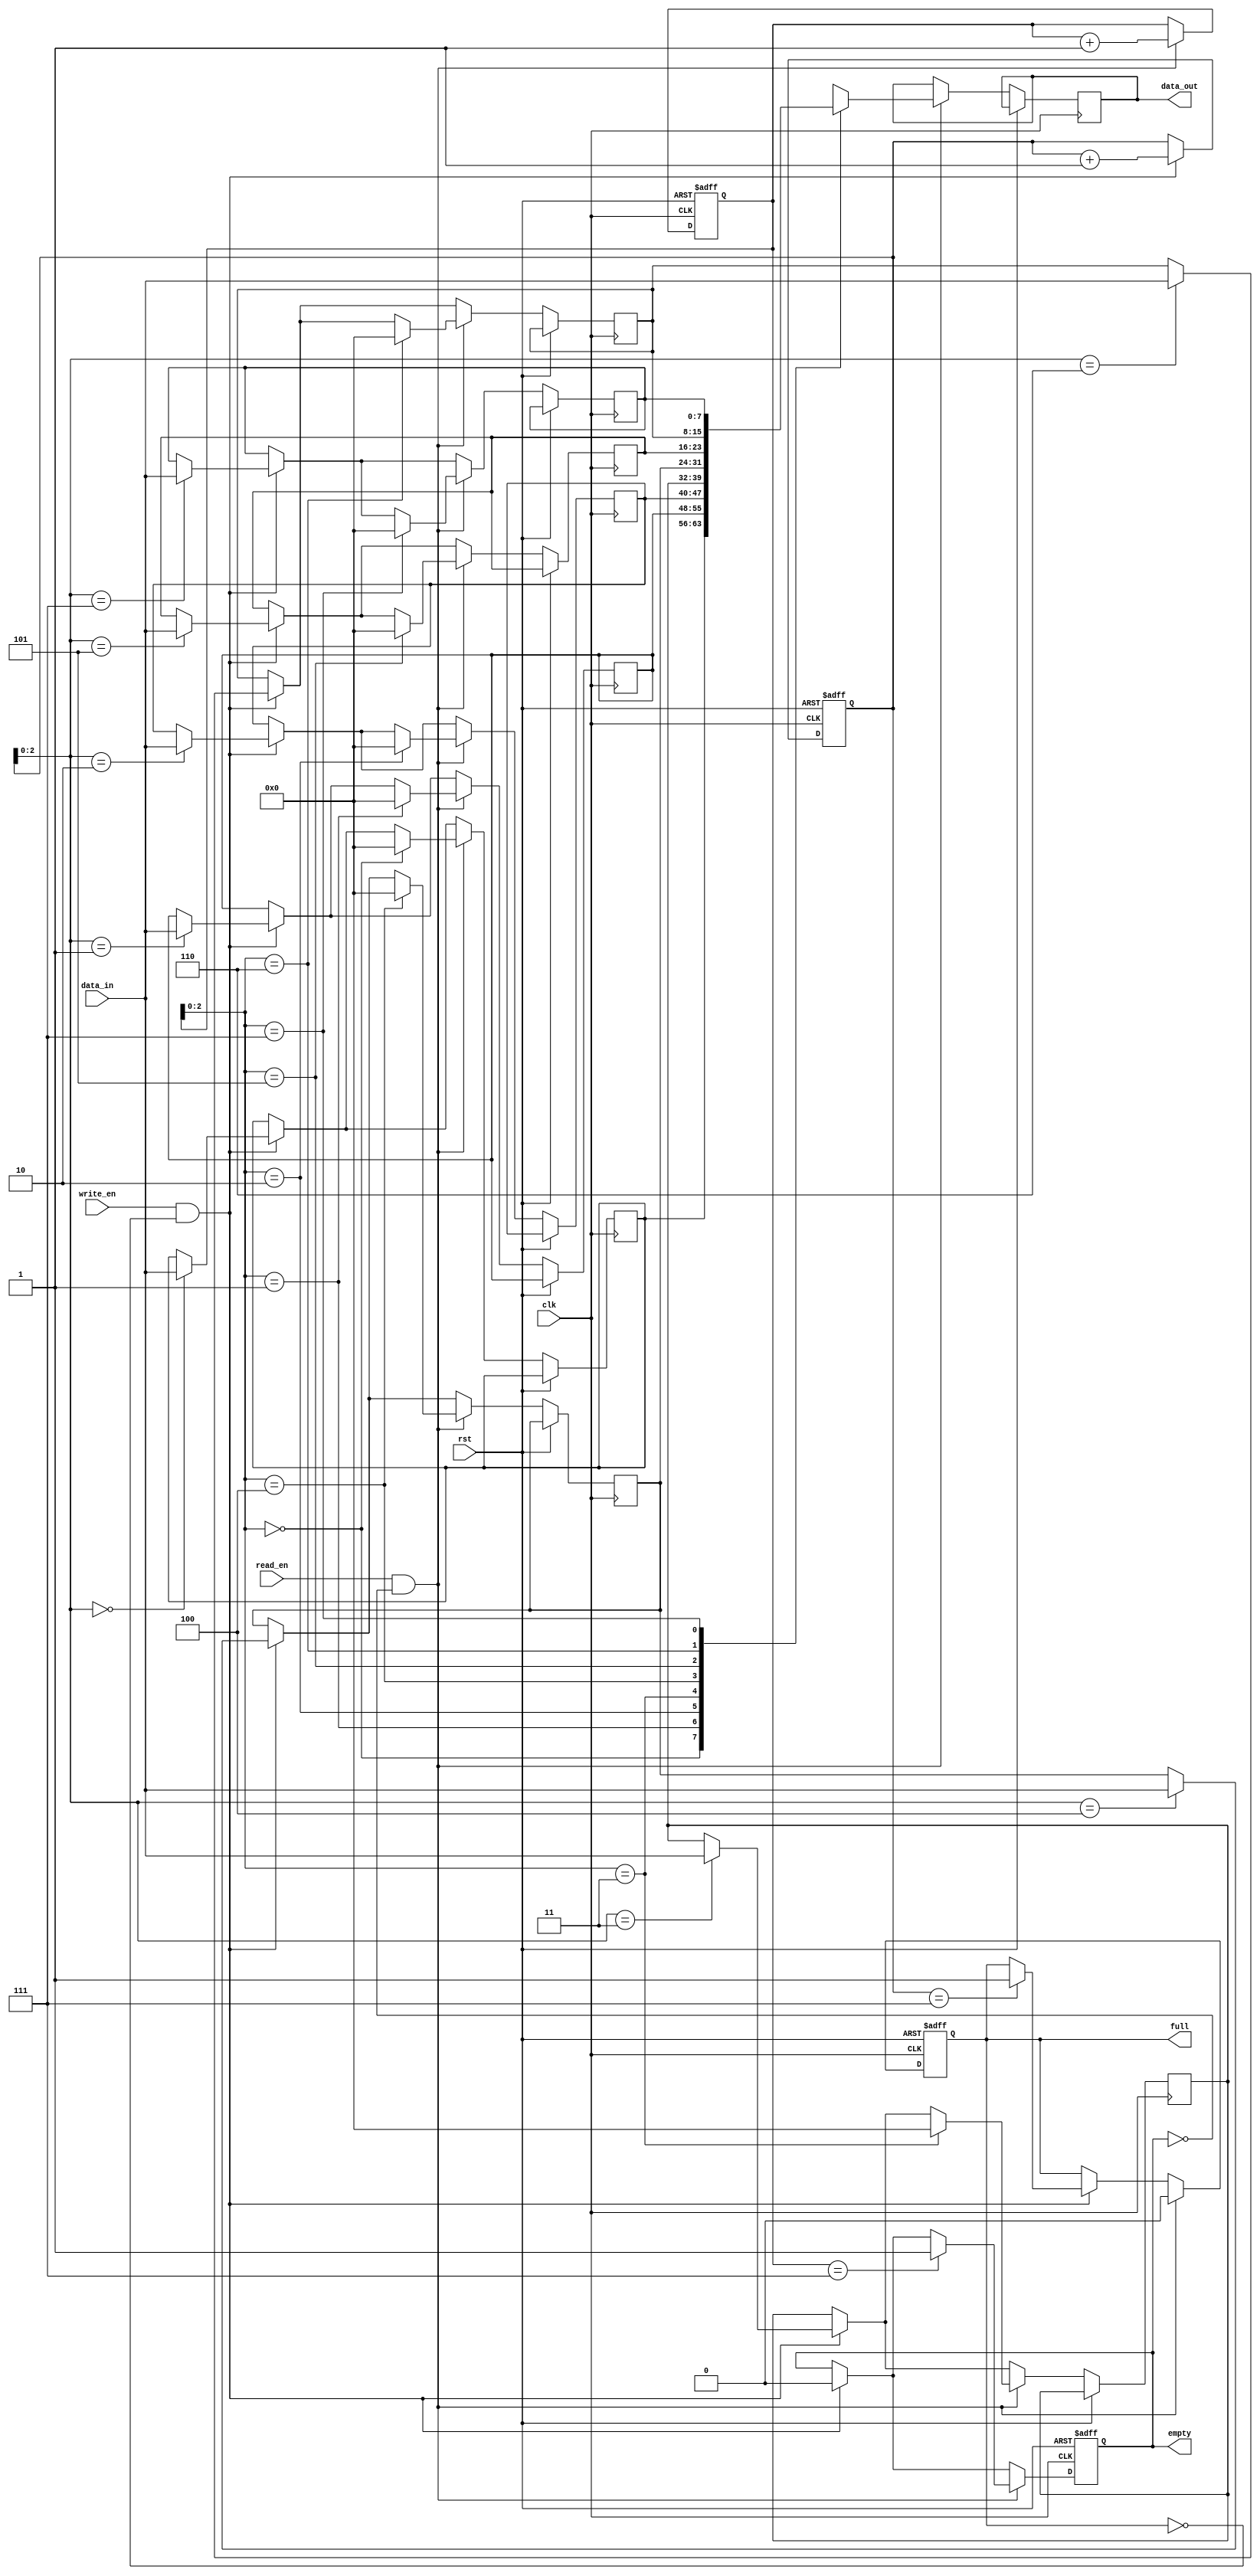
module synchronous_fifo 
(
    input wire clk,
    input wire rst,
    input wire write_en,
    input wire read_en,
    input wire [DATA_WIDTH-1:0] data_in,
    output reg [DATA_WIDTH-1:0] data_out,
    output reg full,
    output reg empty
);

parameter FIFO_DEPTH = 8;
parameter DATA_WIDTH = 8;

reg [DATA_WIDTH-1:0] fifo [0:FIFO_DEPTH-1];
reg [FIFO_DEPTH-1:0] write_ptr, read_ptr;

always @ (posedge clk or posedge rst) begin
    if (rst) begin
        write_ptr <= 0;
        read_ptr <= 0;
        full <= 0;
        empty <= 1;
    end else begin
        if (write_en && !full) begin
            fifo[write_ptr] <= data_in;
            write_ptr <= write_ptr + 1;
            if (write_ptr == FIFO_DEPTH-1) begin
                full <= 1;
            end
            empty <= 0;
        end
        if (read_en && !empty) begin
            data_out <= fifo[read_ptr];
            fifo[read_ptr] <= 0;
            read_ptr <= read_ptr + 1;
            if (read_ptr == FIFO_DEPTH-1) begin
                empty <= 1;
            end
            full <= 0;
        end
    end
end

endmodule